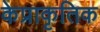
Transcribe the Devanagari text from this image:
केप्राकृतिक